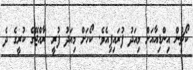
ކޯޗުން އިންޑިއާއަށް މިއަދު ފުރައިފިއެވެ. ކޯހަށް މިއަދު ފުރީ ރާއްޖޭގެ ކުރީގެ ދެ